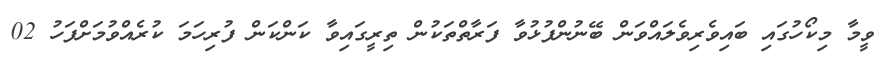
ވީމާ މިކޯހުގައި ބައިވެރިވެލައްވަން ބޭނުންފުޅުވާ ފަރާތްތަކުން ތިރީގައިވާ ކަންކަން ފުރިހަމަ ކުރެއްވުމަށްފަހު 02